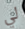
لي